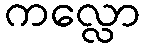
ကလ္လော